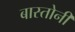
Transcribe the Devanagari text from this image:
बास्तोनी